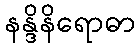
နန္ဒိနိရောဓာ